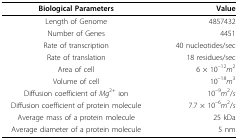
<table><thead><tr><td><b>Biological Parameters</b></td><td><b>Value</b></td></tr></thead><tbody><tr><td>Length of Genome</td><td>4857432</td></tr><tr><td>Number of Genes</td><td>4451</td></tr><tr><td>Rate of transcription</td><td>40 nucleotides/sec</td></tr><tr><td>Rate of translation</td><td>18 residues/sec</td></tr><tr><td>Area of cell</td><td>6 × 10<sup>–12</sup><i>m</i><sup>2</sup></td></tr><tr><td>Volume of cell</td><td>10<sup>–18</sup><i>m</i><sup>3</sup></td></tr><tr><td>Diffusion coefficient of <i>Mg</i><sup>2+</sup> ion</td><td>10<sup>–9</sup><i>m</i><sup>2</sup>/<i>s</i></td></tr><tr><td>Diffusion coefficient of protein molecule</td><td>7.7 × 10<sup>–6</sup><i>m</i><sup>2</sup>/<i>s</i></td></tr><tr><td>Average mass of a protein molecule</td><td>25 kDa</td></tr><tr><td>Average diameter of a protein molecule</td><td>5 nm</td></tr></tbody></table>